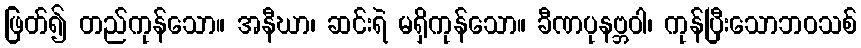
ဖြတ်၍ တည်ကုန်သော။ အနီဃာ၊ ဆင်းရဲ မရှိကုန်သော။ ခီဏပုနဗ္ဘဝါ၊ ကုန်ပြီးသောဘဝသစ်